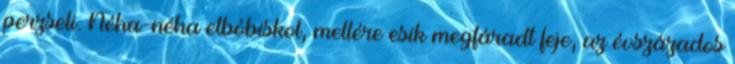
perzseli. Néha-néha elbóbiskol, mellére esik megfáradt feje, az évszázados